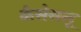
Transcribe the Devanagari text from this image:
कैसेसलू